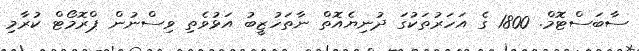
ސާބަސްޓޮމް. 1800 ގެ އަހަރުތަކުގަ ދުނިޔެއޮތް ނާތަހުޒީބު އަޅުވެތި ވިސްނުން ޕްރޮމޯޓް ކުރާމި